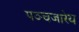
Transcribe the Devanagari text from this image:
पञ्चजारेय